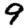
Digit: 9